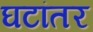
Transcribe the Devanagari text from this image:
घटांतर